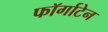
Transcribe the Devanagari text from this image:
फॉर्गाटेन